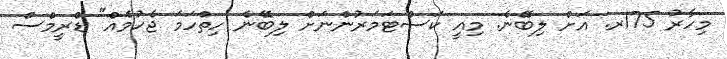
މިހާރު 175ރ. އަށް ލިބޭނެ. މިއީ ކަސްޓަމަރުންނަށް ލިބޭނެ ހިތްހަމަ ޖެހުމެއް" ޑްރީމްސް